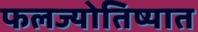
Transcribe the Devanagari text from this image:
फलज्योतिष्यात